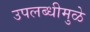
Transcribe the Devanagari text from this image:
उपलब्धीमुळे